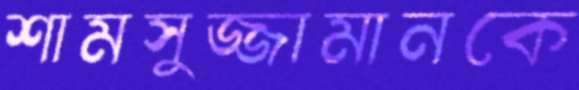
শামসুজ্জামানকে